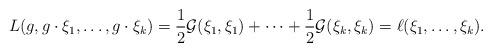
LaTeX: \begin{align*}L(g,g\cdot\xi_1,\dots,g\cdot\xi_k)=\frac{1}{2}\mathcal{G}(\xi_1,\xi_1)+\dots+\frac{1}{2}\mathcal{G}(\xi_k,\xi_k)=\ell(\xi_1,\dots,\xi_k). \end{align*}